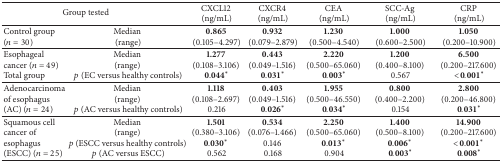
| <COLSPAN=2> Group tested | CXCL12 (ng/mL) | CXCR4 (ng/mL) | CEA (ng/mL) | SCC-Ag (ng/mL) | CRP (ng/mL) |
 | --- | --- | --- | --- | --- | --- | --- |
 | Control group (n = 30) | Median (range) | 0.865 (0.105–4.297) | 0.932 (0.079–2.879) | 1.230 (0.500–4.540) | 1.000 (0.600–2.500) | 1.050 (0.200–10.900) |
 | Esophageal cancer (n = 49) Total group | Median (range) p (EC versus healthy controls) | 1.277 (0.108–3.106) 0.044∗ | 0.443 (0.049–1.516) 0.031∗ | 2.220 (0.500–65.060) 0.003∗ | 1.200 (0.400–8.100) 0.567 | 6.500 (0.200–217.600) <0.001∗ |
 | Adenocarcinoma of esophagus (AC) (n = 24) | Median (range) p (AC versus healthy controls) | 1.118 (0.108–2.697) 0.216 | 0.403 (0.049–1.516) 0.026∗ | 1.955 (0.500–46.550) 0.034∗ | 0.800 (0.400–2.200) 0.154 | 2.800 (0.200–46.800) 0.031∗ |
 | Squamous cell cancer of esophagus (ESCC) (n = 25) | Median (range) p (ESCC versus healthy controls) p (AC versus ESCC) | 1.501 (0.380–3.106) 0.030∗ 0.562 | 0.534 (0.076–1.466) 0.146 0.168 | 2.250 (0.500–65.060) 0.013∗ 0.904 | 1.400 (0.500–8.100) 0.006∗ 0.003∗ | 14.900 (0.200–217.600) <0.001∗ 0.008∗ |